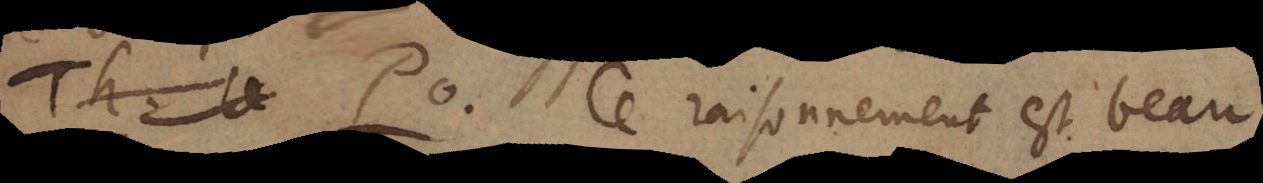
Th. PO. Ce raisonnement est beau